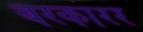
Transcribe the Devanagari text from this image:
बरकारर